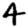
Digit: 4